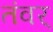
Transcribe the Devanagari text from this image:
तंवर्